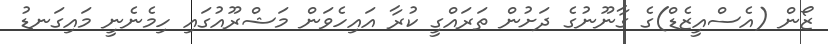
ޒޯން (އެސްއީޒެޑް)ގެ ގާނޫނުގެ ދަށުން ތަރައްގީ ކުރާ އައިހެވަން މަަޝްރޫއުގައި ހިމެނެނީ މައިގަނޑު